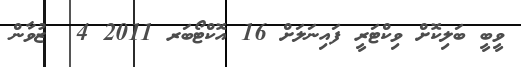
ވީބީ ބަލިކޮށް ވިކްޓަރީ ފައިނަލަށް 16 އޮކްޓޯބަރ 2011 4  ޒުވާން